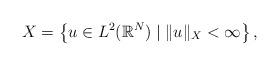
LaTeX: \begin{align*}X = \left\{ u \in L^2(\mathbb{R}^N) \mid \|u\|_X<\infty\right\},\end{align*}